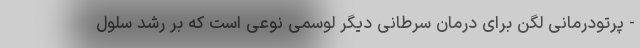
- پرتودرمانی لگن برای درمان سرطانی دیگر لوسمی نوعی است که بر رشد سلول